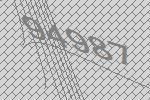
94987